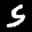
Label: 5